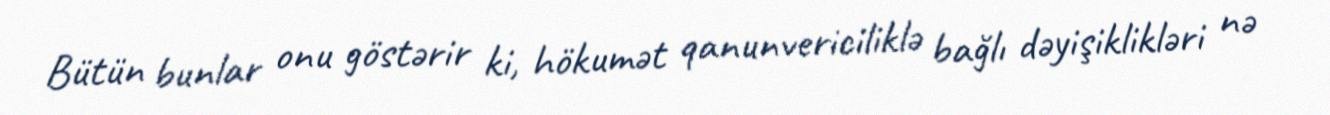
Bütün bunlar onu göstərir ki, hökumət qanunvericiliklə bağlı dəyişiklikləri nə